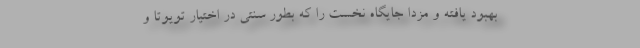
بهبود یافته و مزدا جایگاه نخست را که بطور سنتی در اختیار تویوتا و